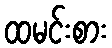
ထမင်းစား